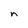
Character: n